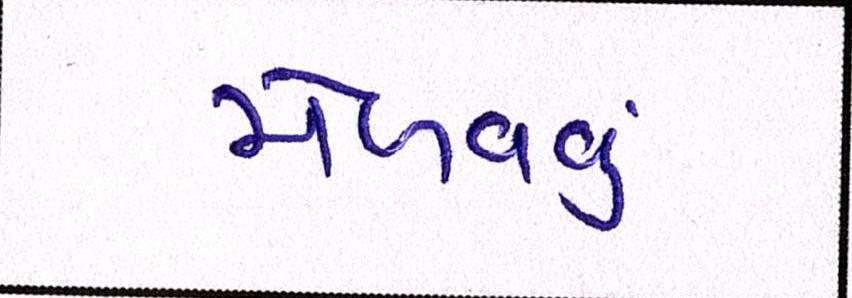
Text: મેળવવું